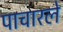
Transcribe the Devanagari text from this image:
पाचारले